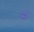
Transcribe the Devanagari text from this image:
स